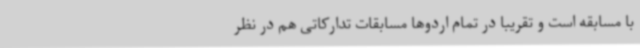
با مسابقه است و تقریبا در تمام اردوها مسابقات تدارکاتی هم در نظر